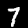
Digit: 7